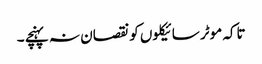
تاکہ موٹر سائیکلوں کو نقصان نہ پہنچے ۔